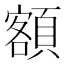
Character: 額